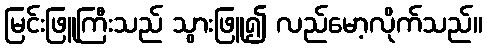
မြင်းဖြူကြီးသည် သွားဖြူ၍ လည်မော့လိုက်သည်။